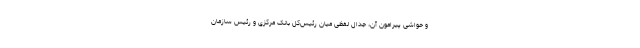
و حواشی پیرامون آن، جدال لفظی میان رئیس‌کل بانک مرکزی و رئیس سازمان